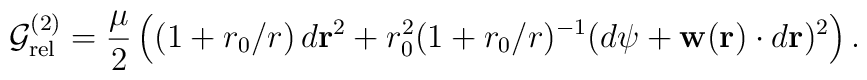
{\cal G}_{\rm rel}^{(2)} = \frac{\mu}{2}\left( (1+ r_0/r)\,d{{\bf r}}^2 + r_0^2(1+ r_0/r)^{-1}(d{\psi}+ {\bf w}({\bf r})\cdot d{{\bf r}})^2 \right).